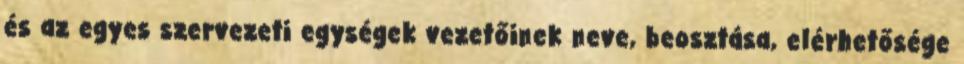
és az egyes szervezeti egységek vezetőinek neve, beosztása, elérhetősége